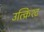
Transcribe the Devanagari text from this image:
उत्क्रिश्ट